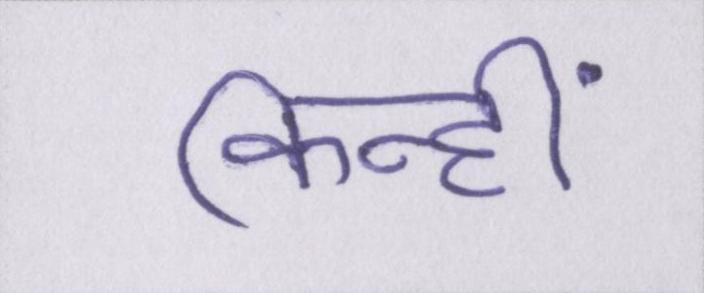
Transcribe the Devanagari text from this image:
किन्हीं